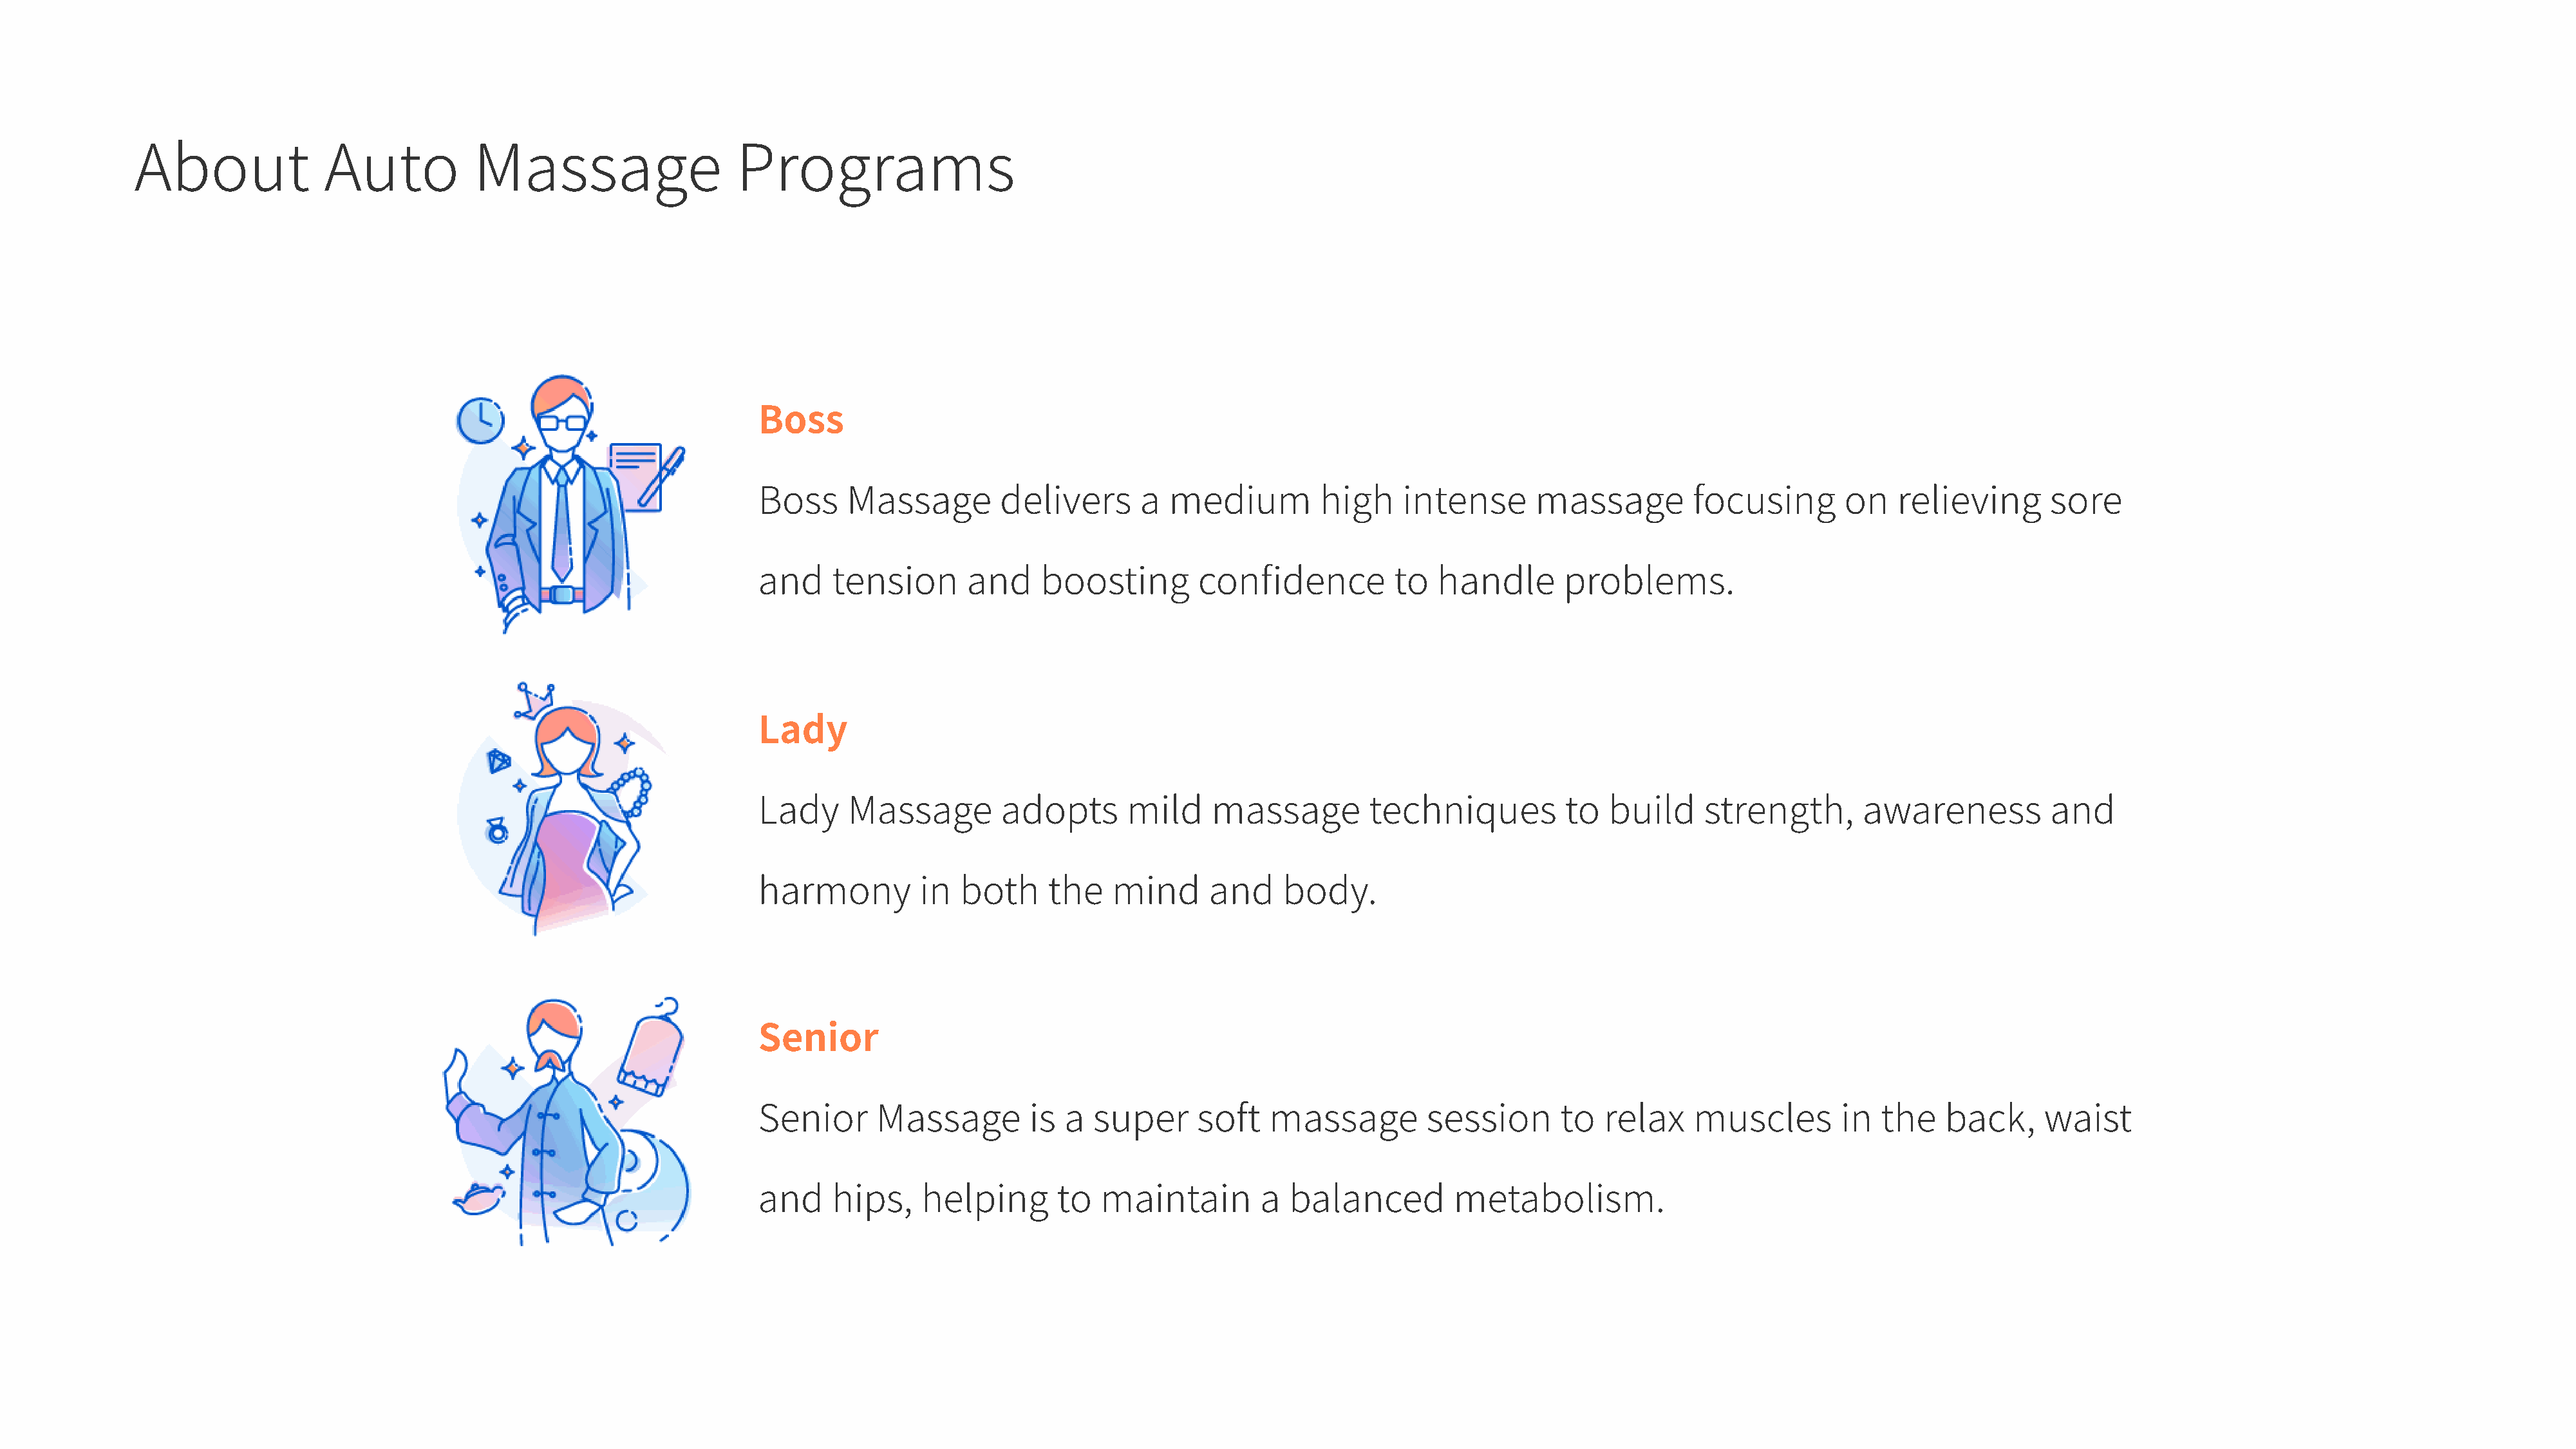
About              Auto            Massage                    Programs
 Boss
 Boss     Massage         delivers      a  medium          high    intense       massage         focusing        on   relieving       sore
 and     tension      and     boosting        confidence          to   handle       problems.
 Lady
 Lady     Massage         adopts       mild     massage         techniques          to  build     strength,       awareness           and
 harmony          in  both     the   mind      and     body.
 Senior
 Senior      Massage         is a  super      soft   massage          session      to   relax    muscles        in  the    back,     waist
 and     hips,    helping       to  maintain         a balanced         metabolism.